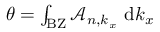
\begin{array} { r } { \theta = \int _ { \mathrm { B Z } } \mathcal { A } _ { n , k _ { x } } \ \mathrm { d } k _ { x } } \end{array}